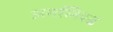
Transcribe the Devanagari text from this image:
अनलिस्ड